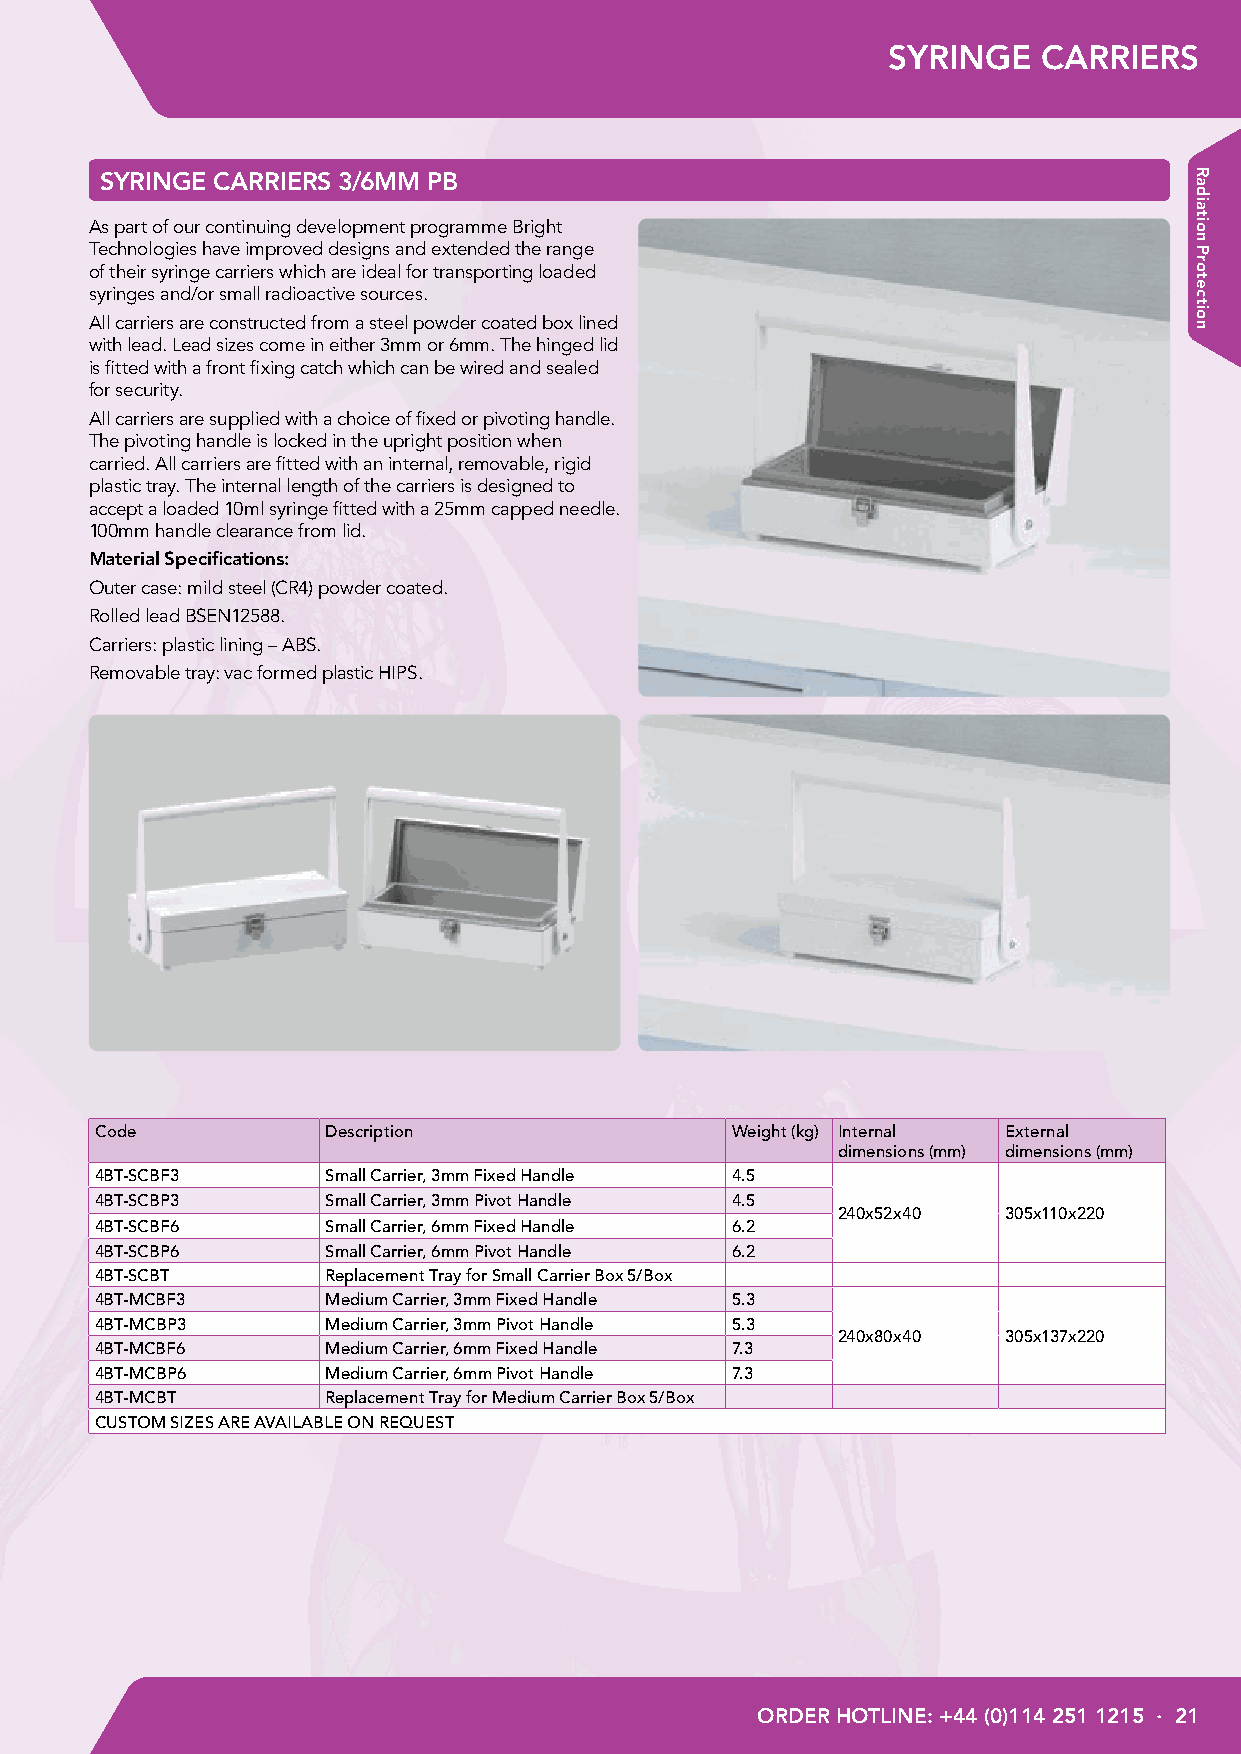
SYRINGE   CARRIERS
 SYRINGE CARRIERS 3/6MM PB
 As part of our continuing development programme Bright
 Technologies have improved designs and extended the range
 of their syringe carriers which are ideal for transporting loaded
 syringes and/or small radioactive sources.
 All carriers are constructed from a steel powder coated box lined
 with lead. Lead sizes come in either 3mm or 6mm. The hinged lid
 is fitted with a front fixing catch which can be wired and sealed
 for security.
 All carriers are supplied with a choice of fixed or pivoting handle.
 The pivoting handle is locked in the upright position when
 carried. All carriers are fitted with an internal, removable, rigid
 plastic tray. The internal length of the carriers is designed to
 accept a loaded 10ml syringe fitted with a 25mm capped needle.
 100mm handle clearance from lid.
 Material Specifications:
 Outer case: mild steel (CR4) powder coated.
 Rolled lead BSEN12588.
 Carriers: plastic lining – ABS.
 Removable tray: vac formed plastic HIPS.
 Code            Description               Weight (kg) Internal External
 dimensions (mm) dimensions (mm)
 4BT-SCBF3       Small Carrier, 3mm Fixed Handle 4.5
 4BT-SCBP3       Small Carrier, 3mm Pivot Handle 4.5
 240x52x40  305x110x220
 4BT-SCBF6       Small Carrier, 6mm Fixed Handle 6.2
 4BT-SCBP6       Small Carrier, 6mm Pivot Handle 6.2
 4BT-SCBT        Replacement Tray for Small Carrier Box 5/Box
 4BT-MCBF3       Medium Carrier, 3mm Fixed Handle 5.3
 4BT-MCBP3       Medium Carrier, 3mm Pivot Handle 5.3
 240x80x40  305x137x220
 4BT-MCBF6       Medium Carrier, 6mm Fixed Handle 7.3
 4BT-MCBP6       Medium Carrier, 6mm Pivot Handle 7.3
 4BT-MCBT        Replacement Tray for Medium Carrier Box 5/Box
 CUSTOM SIZES ARE AVAILABLE ON REQUEST
 ORDER HOTLINE: +44 (0)114 251 1215 · 21
 Radiation
 Protection